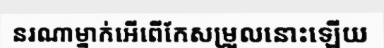
នរណាម្នាក់អើពើកែសម្រួលនោះឡើយ